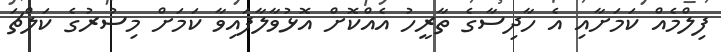
ފިލްމެއް ކަމަށާއި އެ ހާދިސާގެ ތާރީހު އެއްކޮށް އޮޅުވާލާފައިވާ ކަމަށް މިސުރުގެ ކަލްޗަ